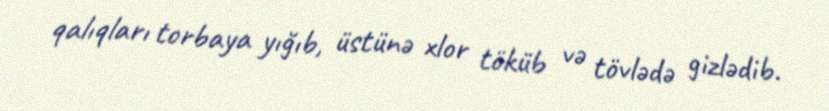
qalıqları torbaya yığıb, üstünə xlor töküb və tövlədə gizlədib.